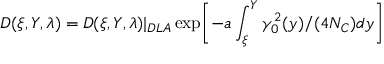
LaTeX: D ( \xi , Y , \lambda ) = D ( \xi , Y , \lambda ) | _ { D L A } \exp \biggl [ - a \int _ { \xi } ^ { Y } \gamma _ { 0 } ^ { 2 } ( y ) / ( 4 N _ { C } ) d y \biggr ]